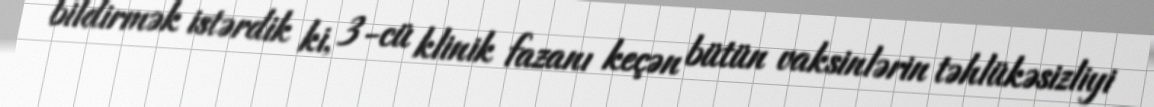
bildirmək istərdik ki, 3-cü klinik fazanı keçən bütün vaksinlərin təhlükəsizliyi